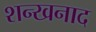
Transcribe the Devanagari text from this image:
शन्खनाद